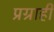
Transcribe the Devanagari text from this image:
प्रग्राही